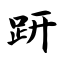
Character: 趼